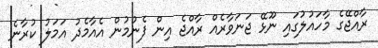
ރާއްޖޭގެ މާހައުލުގައި ނޫޅޭ ޖަނަވާރެއް ރާއްޖެ އިން ފެނުމުން އެއާމެދު އަމަލު ކުރާނެ